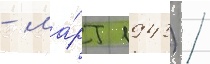
- ма́рт 1943) /